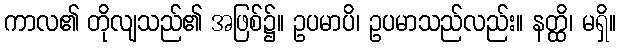
ကာလ၏ တိုလျသည်၏ အဖြစ်၌။ ဥပမာပိ၊ ဥပမာသည်လည်း။ နတ္ထိ၊ မရှိ။